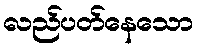
လည်ပတ်နေသော